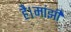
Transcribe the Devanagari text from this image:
है।मांझी